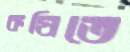
কষিতে